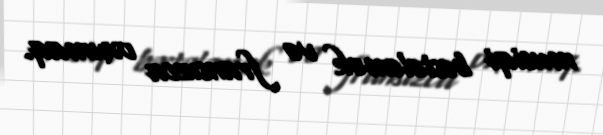
musiqi bəstələmək və fransızca oxumaq.